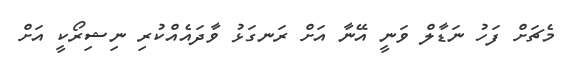
މެޗަށް ފަހު ނަޑާލް ވަނީ އޭނާ އަށް ރަނގަޅު ވާދައެއްކުރި ނިޝިރޯކީ އަށް